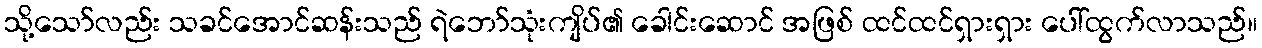
သို့သော်လည်း သခင်အောင်ဆန်းသည် ရဲဘော်သုံးကျိပ်၏ ခေါင်းဆောင် အဖြစ် ထင်ထင်ရှားရှား ပေါ်ထွက်လာသည်။